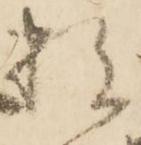
数